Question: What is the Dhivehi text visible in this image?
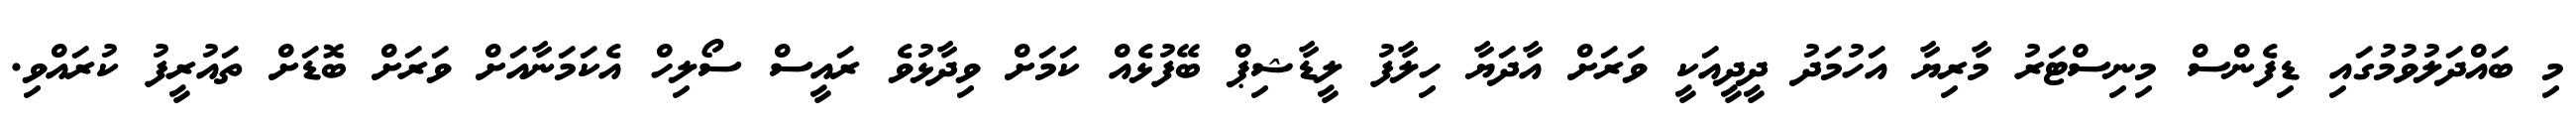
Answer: މި ބައްދަލުވުމުގައި ޑިފެންސް މިނިސްޓަރު މާރިޔާ އަހުމަދު ދީދީއަކީ ވަރަށް އާދަޔާ ހިލާފު ލީޑާޝިޕް ބޭފުޅެއް ކަމަށް ވިދާޅުވެ ރައީސް ސޯލިހް އެކަމަނާއަށް ވަރަށް ބޮޑަށް ތައުރީފު ކުރައްވި.